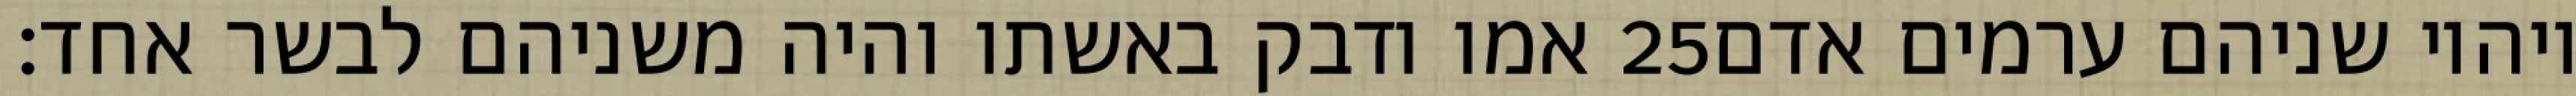
אמו ודבק באשתו והיה משניהם לבשר אחד׃ ‎25‏ ויהיו שניהם ערמים אדם